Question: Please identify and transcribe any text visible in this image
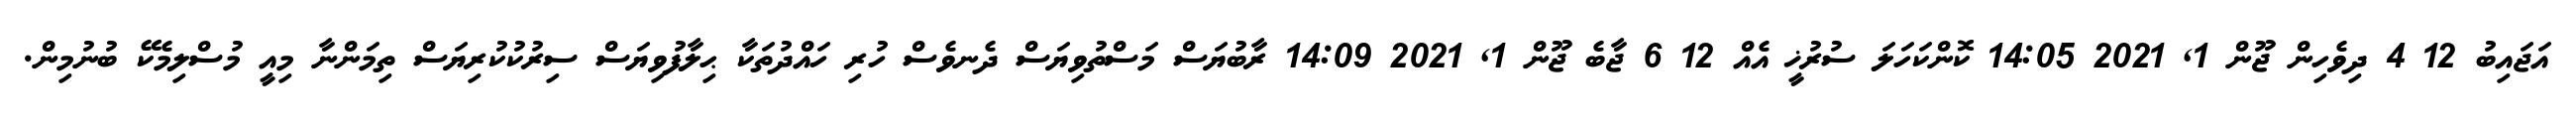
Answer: އަޖައިބު 12 4 ދިވެހިން ޖޫން 1, 2021 14:05 ކޮންކަހަލަ ސުރުޚީ އެއް 12 6 ޖާބެ ޖޫން 1, 2021 14:09 ރާބުޔަސް މަސްތުވިޔަސް ދެނވެސް ހުރި ހައްދުތަކާ ޙިލާފުވިޔަސް ސިރުކުކުރިޔަސް ތިމަންނާ މިއީ މުސްލިމެކޭ ބުނުމިން.